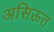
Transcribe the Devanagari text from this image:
असिऊत